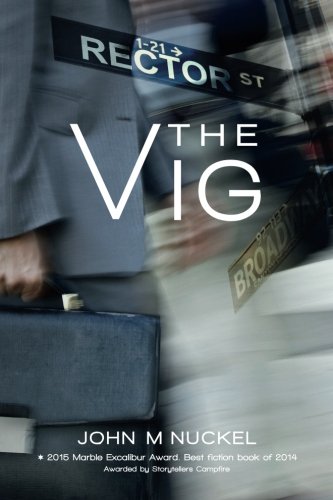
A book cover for The Vig; John Nuckel; Mystery, Thriller & Suspense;